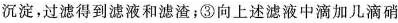
沉淀，过滤得到滤液和滤渣；③向上述滤液中滴加几滴硝